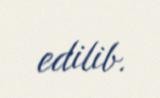
edilib.